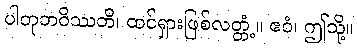
ပါတုဘဝိဿတိ၊ ထင်ရှားဖြစ်လတ္တံ့။ ဧဝံ၊ ဤသို့။